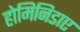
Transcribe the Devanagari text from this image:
होमिनिडाए